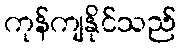
ကုန်ကျနိုင်သည်